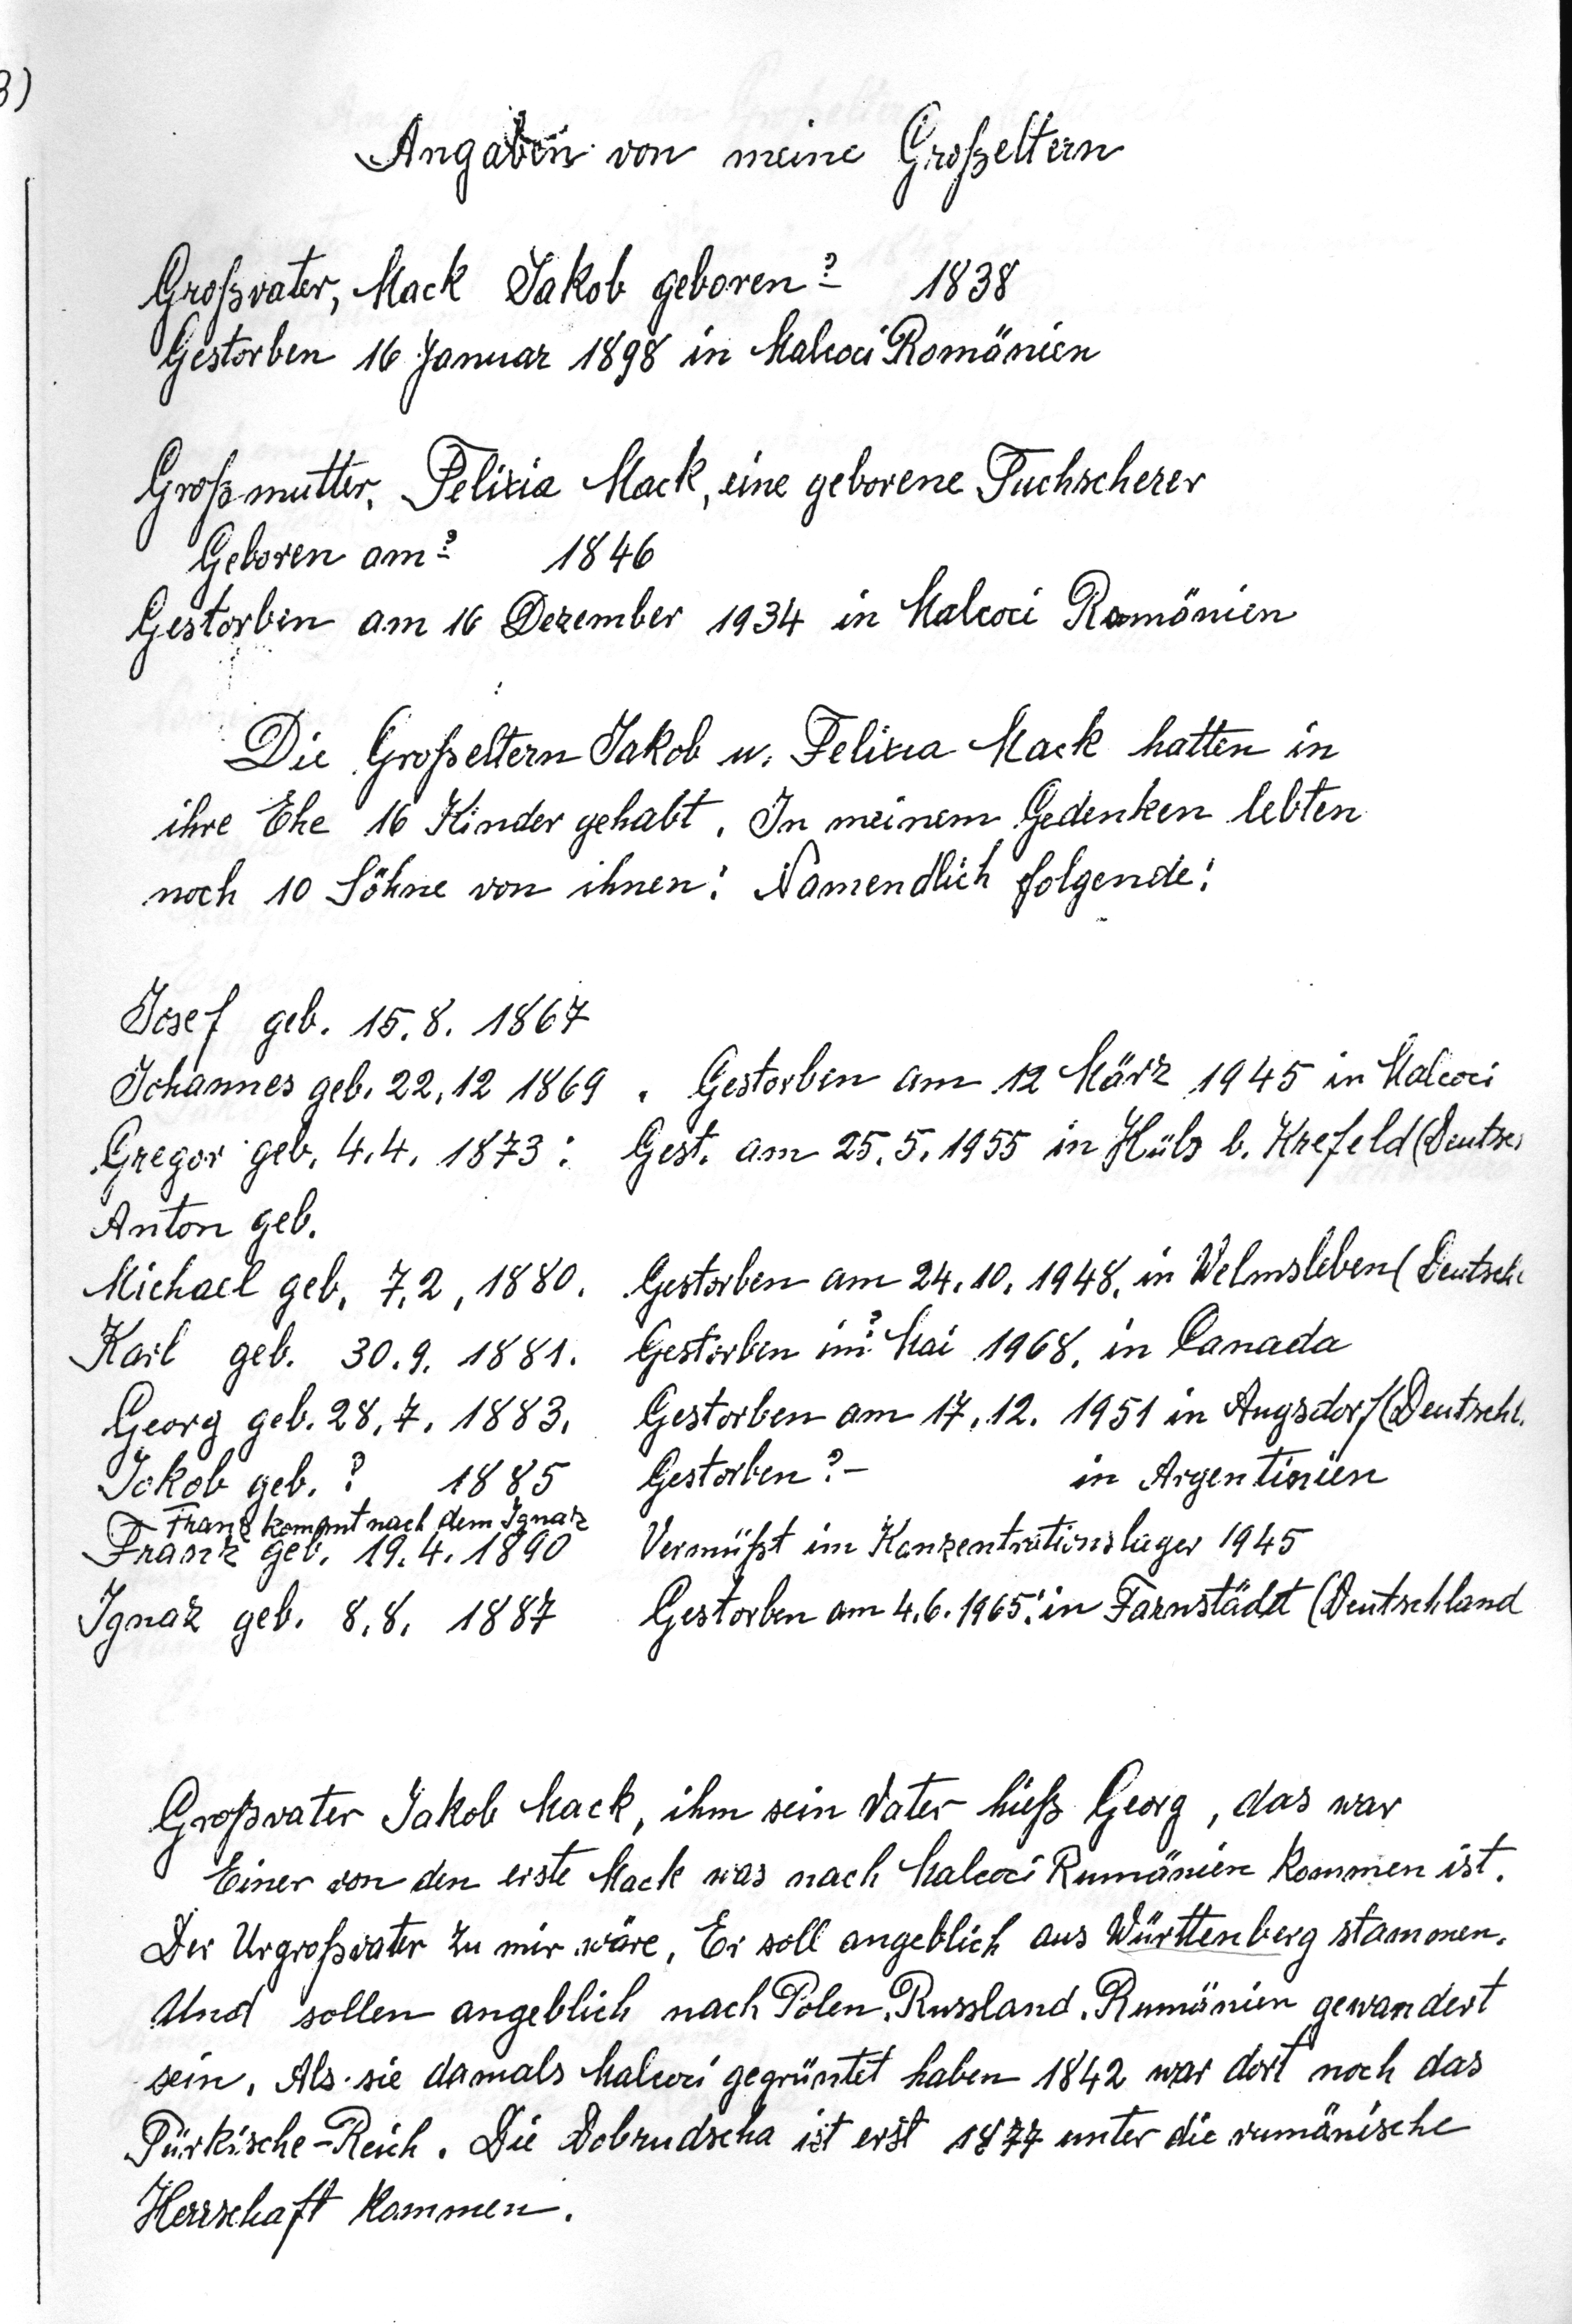
Angaben von meine Großeltern

Großvater, MackJakob geboren ? 1838
Gestorben 16 Januar 1898 in Malcoci Romänien
Großmutter Felizia Mack, eine geborene Tuchscherer
Geboren am ? 1846
Gestorben am 16 Dezember 1934 in Malcoci Romänien
Die Großeltern Jakob u. Felizia Mack hatten in
ihre Ehe 16 Kinder gehabt. In meinem Gedenken lebten
noch 10 Söhne von ihnen: Namendlich folgende:
Josef geb. 15.8. 1867
Johannes geb. 22.12 1869 . Gestorben am 12 März 1945 in Malcoci
Gregor geb. 4.4.1873: Gest. am 25.5.1955 in Hüls b. Krefeld (Deutsc
Anton geb.
Michael geb. 7.2.1880 Gestorben am 24.10. 1948 in Welmsleben ( Deutsch
Karl geb 30.9. 1881. Gestorben im Mai 1968 in Kanada
Georg geb. 28.7. 1883.  Gestorben am 17.12.1951 in Angsdorf(Deutschl
Jakob geb ?  1885  Gestorben ?-   in Argentinien
Franz kommt nach dem Ignaz
Franz geb. 19.4.1890   Vermißt im Konzentrationslager 1945 ener ipis 191 45
Ignaz geb. 8.8.1887  Gestorben am 4.6.1965 in Farnstädt (Deutschland
Großvater Jakob Mack, ihm sein vater hieß Georg, das war
Einer von den erste Mack was nach Malcoci Rumänien kommen ist.
Der Urgroßvater zu mir wäre,. Er soll angeblichaus Württenberg stammen.
Und sollen angeblich nach Polen, Russland, Rumänien gewandert
sei, Als sie damals Malcoci gegründet haben 1842 war dort noch das
Türkische Reich. Die Dobrudscha ist erst 1877 unter die rumänische
Herrschaft kommen.